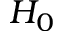
H _ { 0 }